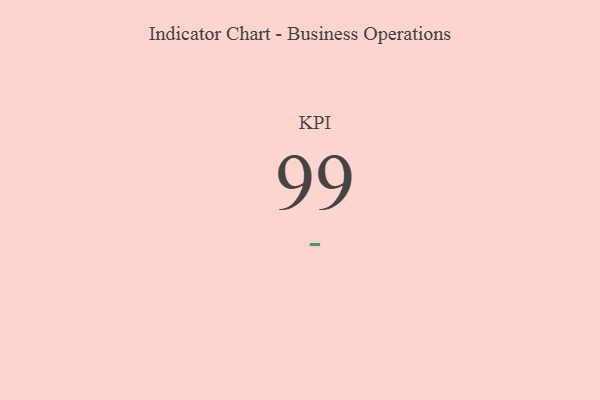
{"axis": {"x": "KPI", "y": "Value"}, "legend": [""], "data": [{"x": "KPI", "y": 99, "type": ""}]}